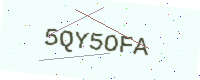
Text: 5QY5OFA